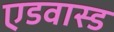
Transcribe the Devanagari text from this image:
एडवास्ड